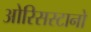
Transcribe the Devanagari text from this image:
ओरिसस्टानो